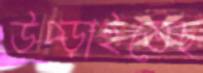
উপ্‌ড়াইতেছ